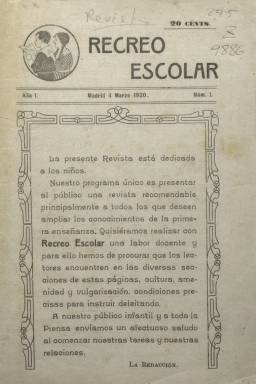
Título: Recreo escolar
Colección: Revistas infantiles
Ámbito geográfico: Madrid
Lugar de publicación: Madrid
Fechas: 04/03/1920-20/05/1920

Revista pedagógica de periodicidad semanal dedicada a los niños que se proponía ampliar los conocimientos de la primera enseñanza con secciones diversas en las que el lector encontrara "cultura, amenidad y vulgarización". La publicación estaba dirigida por el matemático e historiador de las matemáticas José Augusto Sánchez Pérez.

   De los 13 números que llegaron a editarse en 1920, la BNE posee ocho. Con 20 ó 24 páginas por número, la revista estaba redactada por catedráticos y profesores de  Ciencias y Letras  de diversos centros docentes y expertos en el mundo del arte.  Constaba de secciones de Literatura, Ciencias Naturales, Geografía, Mitología y  Cuentos Infantiles, entre otras. Su propósito declarado era que la juventud "se aficione al estudio sano en lugar de entregarse a lecturas obscenas y pornográficas".

  Como curiosidad de esta revista, en la última página de los dos primeros números se anunció un submarino de juguete. "Basta un grano de carburo para hacerle operar lo mismo que cualquier sumergible verdadero. Construido sólidamente durará años. Es un juguete científico que instruye y deleita al niño y al hombre". A juicio de la revista, El submarino de juguete debería estar en los laboratorios de Física, pues con él podían hacerse prácticas relacionadas con la densidad de los cuerpos, el principio de Arquímedes, el poder expansivo de los gases y otras.

   El juguete en cuestión lo vendía Luis Asín Palacios, industrial hermano del  célebre arabista y académico, el sacerdote Miguel Asín Palacios, quien estaba unido al director de la revista ya que había sido profesor suyo de estudios árabes. Sánchez Pérez tuvo también la biblioteca de Asín Palacios a su disposición para estudiar la ciencia árabe.

   Sánchez Pérez se esforzó durante toda su vida por reconstruir la historia de las matemáticas en España y fue uno de los fundadores en los años 30 de la Asociación Nacional de Historiadores de la Ciencia Española.

    Escribió numerosos libros y colaboró en revistas especializadas pero no parece haber tenido éxito como editor dado lo efímero de Recreo escolar, la revista que dirigió. Quizá tuvo que ver el hecho de que ya en esa época competían en un mercado reducido unas cuantas revistas de contenido pedagógico.

[Descripción publicada el 7/2/2020]